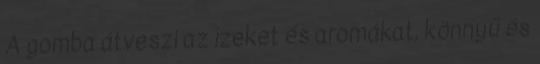
A gomba átveszi az ízeket és aromákat, könnyű és